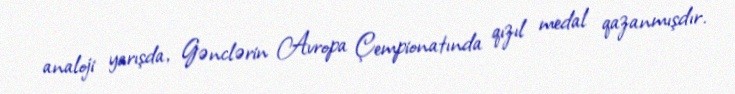
analoji yarışda, Gənclərin Avropa Çempionatında qızıl medal qazanmışdır.